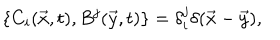
LaTeX: \{ C _ { i } ( \vec { x } , t ) , B ^ { j } ( \vec { y } , t ) \} = \delta _ { i } ^ { j } \delta ( \vec { x } - \vec { y } ) ,